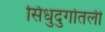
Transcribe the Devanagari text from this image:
सिंधुदुर्गातली